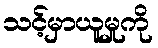
သင့်မှာယူမှုကို